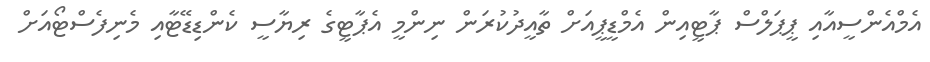
އެމްއެންސީއާއި ޕީޕަލްސް ޕާޓީއިން އެމްޑީޕީއަށް ތާއީދުކުރަން ނިންމީ އެޕާޓީގެ ރިޔާސީ ކެންޑިޑޭޓާއި މެނިފެސްޓޯއަށް